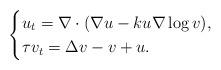
LaTeX: \begin{align*}\begin{cases}u_t=\nabla\cdot (\nabla u-ku\nabla \log v),\\\tau v_t=\Delta v-v+u.\end{cases}\end{align*}